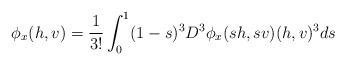
LaTeX: \begin{align*}\phi _x(h,v)=\frac{1}{3!}\int_0^1(1-s)^3D^3\phi _x(sh,sv)(h,v)^3ds\end{align*}